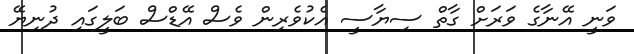
ވަނީ އޭނާގެ ވަރަށް ގާތް ސިޔާސީ އެކުވެރިން ވެސް އޭޑްސް ބަލީގައި ދުނިޔޭ